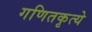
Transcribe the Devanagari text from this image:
गणितकृत्ये